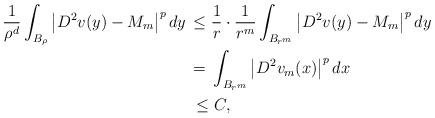
LaTeX: \begin{align*}\frac{1}{\rho^d}\int_{B_\rho}\left|D^2v(y)-M_m\right|^pdy\,&\le \dfrac{1}{r} \cdot \dfrac{1}{r^m} \int_{B_{r^m}}\left|D^2v(y)-M_m\right|^p {dy} \\&=\,\int_{B_{r^m}}\left|D^2v_m(x)\right|^pdx\\&\,\leq C,\end{align*}